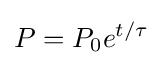
P=P_{0}e^{t/\tau }